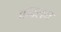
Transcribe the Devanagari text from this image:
कवलम